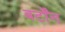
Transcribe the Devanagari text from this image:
बर्टोंन